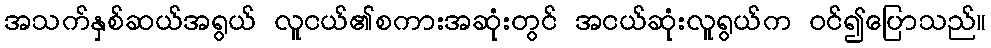
အသက်နှစ်ဆယ်အရွယ် လူငယ်၏စကားအဆုံးတွင် အငယ်ဆုံးလူရွယ်က ဝင်၍ပြောသည်။